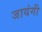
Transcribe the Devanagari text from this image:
जायंगी